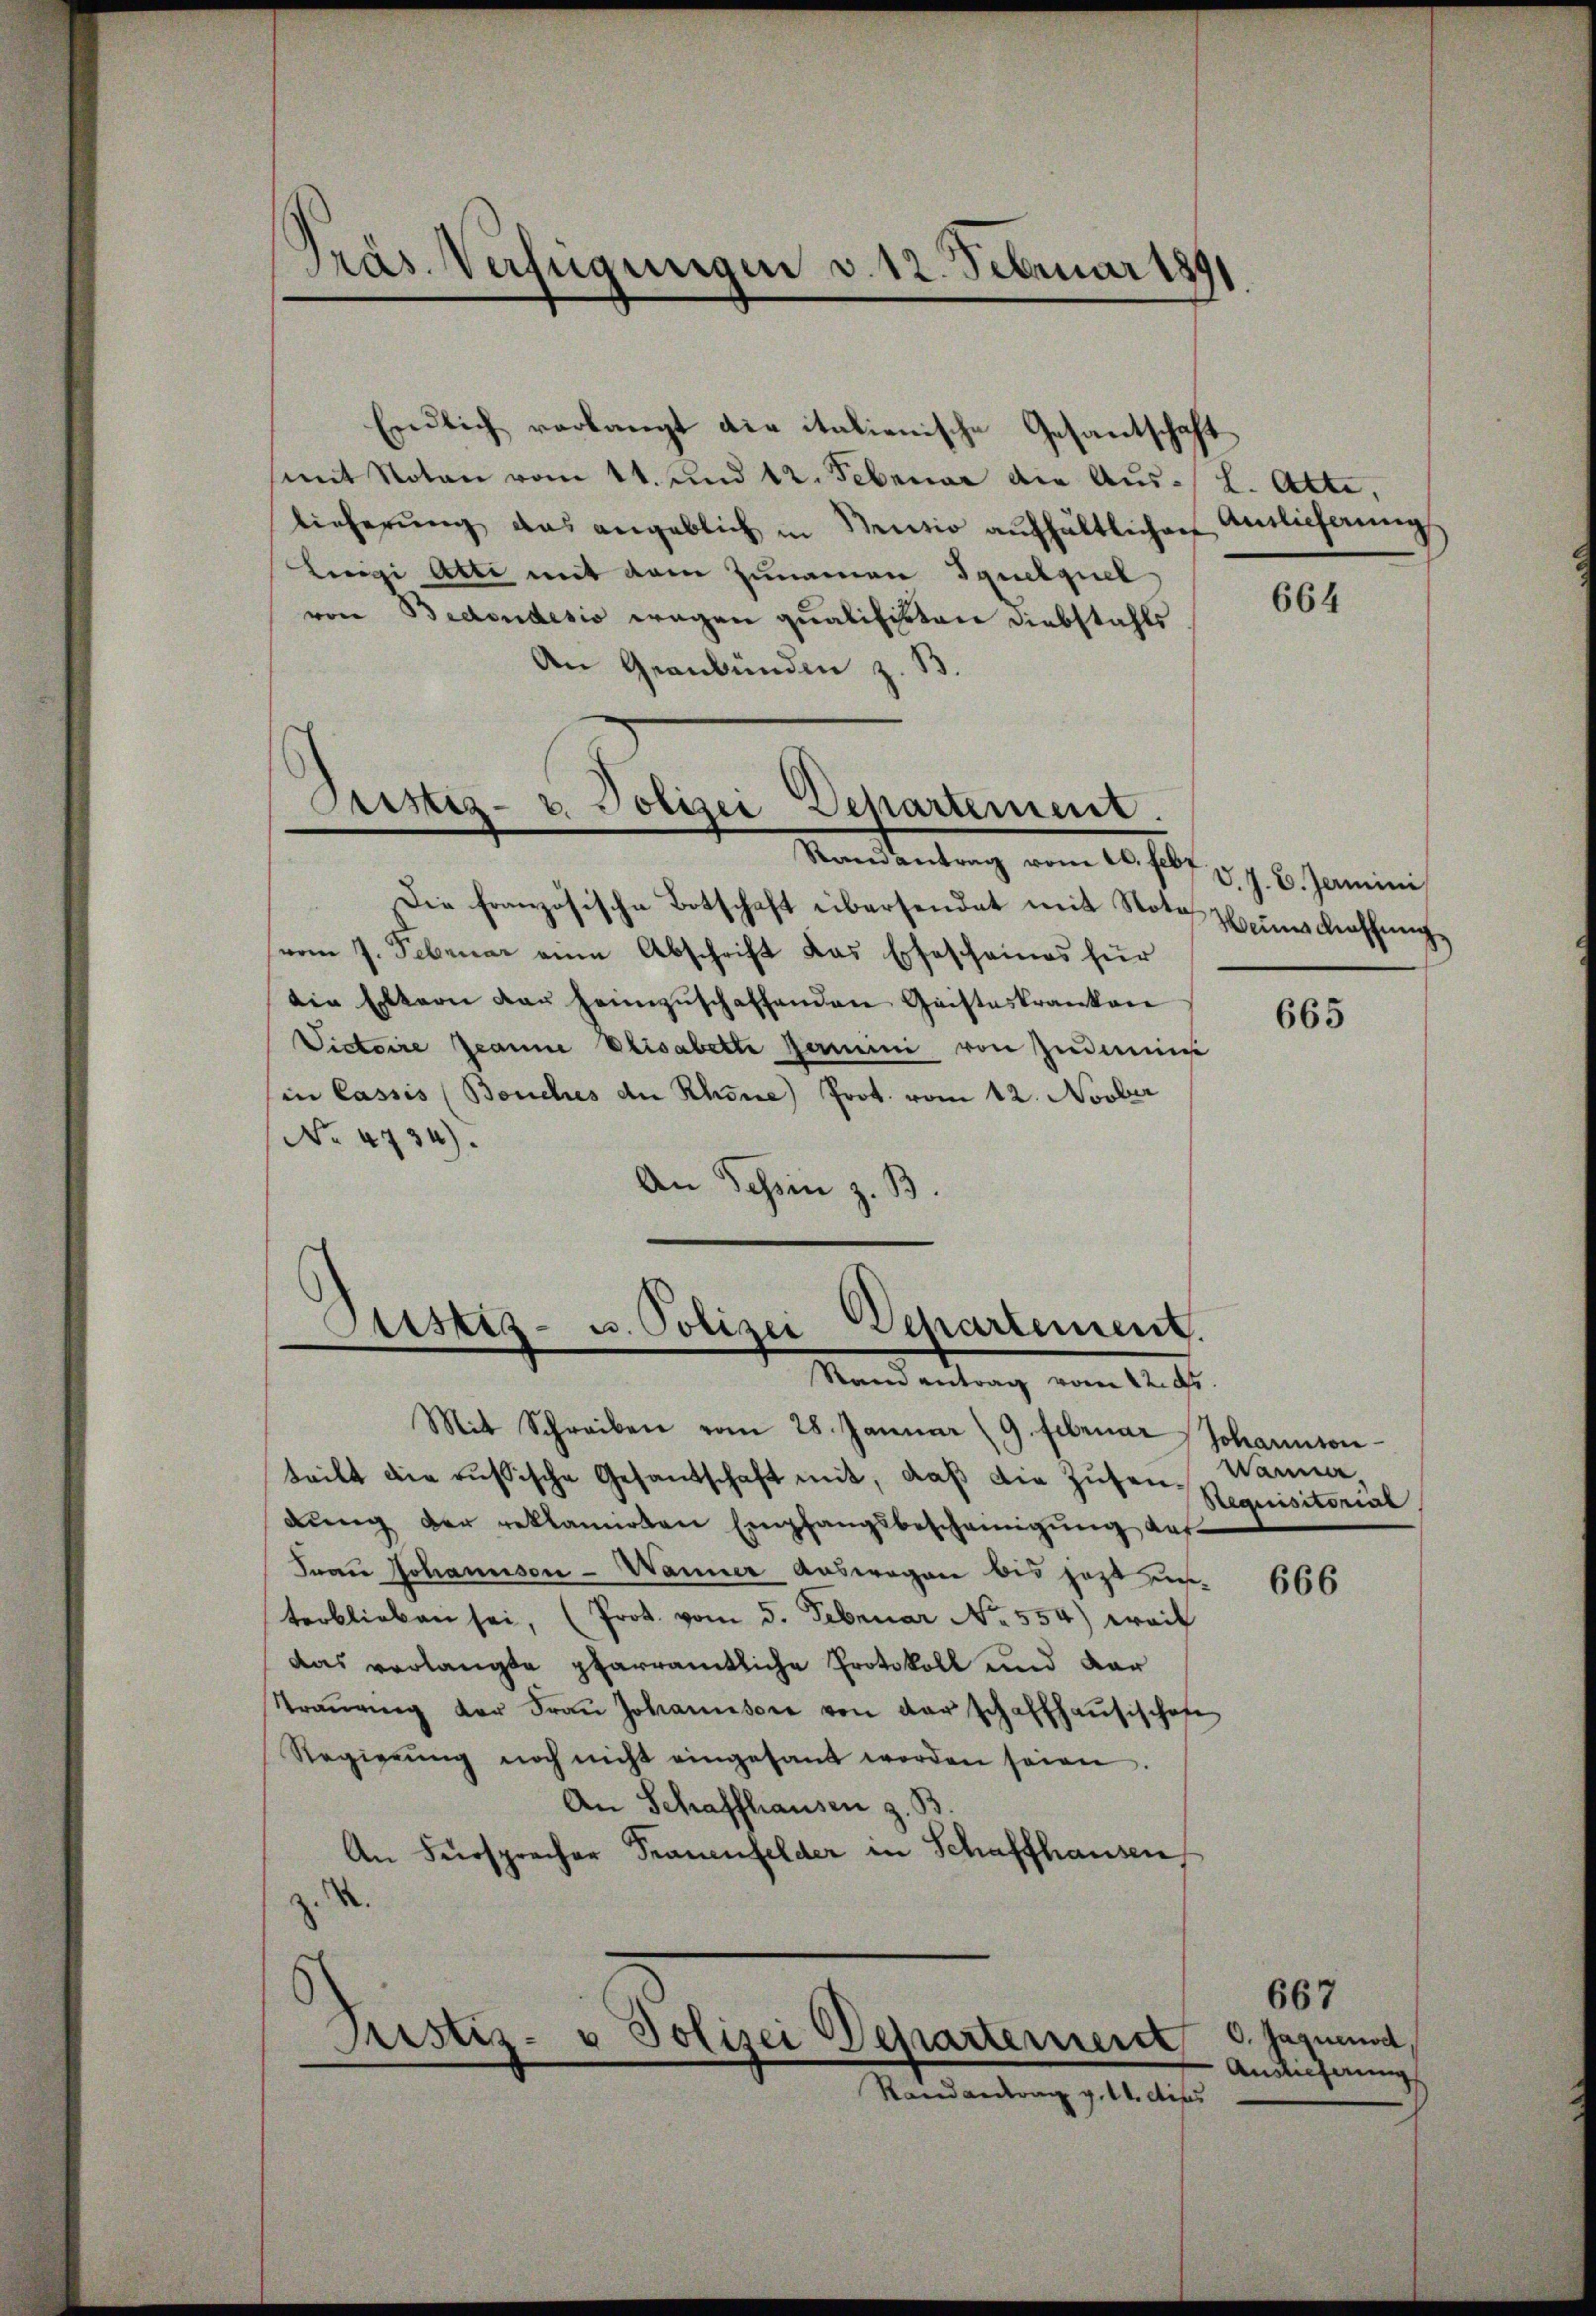
Präs. Verfügungen v. 12. Februar 1891
.

Endlich verlangt die italienische Gesantschaft
mit Noten vom 14. und 12. Februar die Aus- L. Atti,
lieferŭng das angeblich in Neŭzio aŭfhältlichen Antlicherŭngs
Leeigi Atte mit dem Zunamen Iquelquel
von Bedendesis wegen qualitikten Diebstahls
An Gernbünden z. B.
Manderung vom 20. fl. v. J. 6. Janimi
Die französische Botschaft übersendet mit Note Heinschaffung
vom 7. Februar eine Abschrift das Ehescheines für
die Eltern der heimzŭschaffenden Geisteskranken
Victoire Jeanne Elisabette Germini von Zudemie
in Cassis (Beuches an Rhone) Prot. vom 12. Novber
No 4734).
An Tessin z. B.

Custiz- u. Polizei Departement.

Sistiz- u. Polizei Departement.
e
Stand antrag vom 22. ds.

Mit Schreiben vom 28. Januar (9. Februar
teilt die russische Gesandschaft mit, daβ die Zusen. Warne
dung der reklamirten Empfangsbescheinigung auf
Frau Johannson - Wanner Auswegen bis jetzt unterblieben sei, (Prot. vom 5. Februar No. 554) weil
das verlangte pfarramtliche Protokoll und dar
Traŭeng der Fraŭ Johannsore von der schaffhaŭsischofe
Regierŭng noch nicht eingesandt worden seien.
An Schaffhausen z. B.
An Fürsprecher Trauenfelder in Schaffhausen
z. S.
Pustiz- & Polizei Departement
—
Randantrag v. 14. dies

664

665

Johannson-
Requisitorial

666

667
O. Jaquenod,
Auslieferung